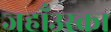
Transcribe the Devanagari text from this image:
जहाँउस्का